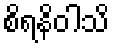
စိရနိဝါသိ